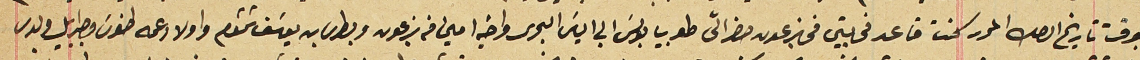
بوقت تاريخ الصك المحرر كنت قاعد فى بيتى فى بزعون حضر الىّ طوبيا بولسَ ابى الياسَ البحرى واخيه امين من بزعون وبطرسَ بن يوسَف شمشوم واولاد عمه طنوسَ وجبرايل ولدى